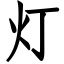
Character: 灯